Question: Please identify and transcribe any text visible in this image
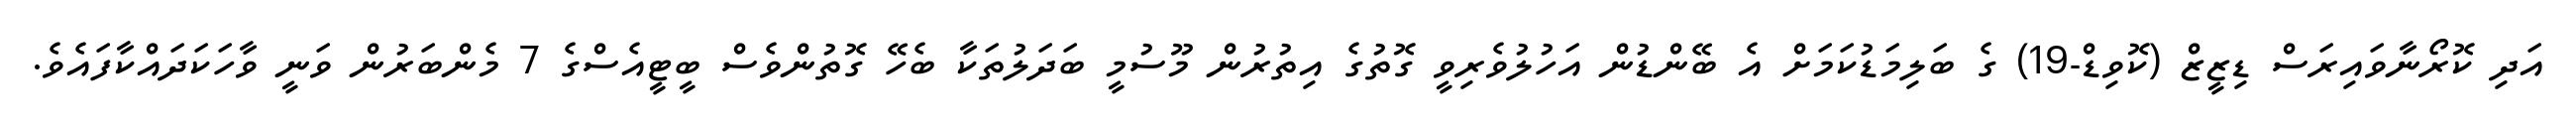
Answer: އަދި ކޮރޯނާވައިރަސް ޑިޒީޒް (ކޮވިޑް-19) ގެ ބަލިމަޑުކަމަށް އެ ބޭންޑުން އަހުލުވެރިވީ ގޮތުގެ އިތުރުން މޫސުމީ ބަދަލުތަކާ ބެހޭ ގޮތުންވެސް ބީޓީއެސްގެ 7 މެންބަރުން ވަނީ ވާހަކަދައްކާފައެވެ.